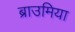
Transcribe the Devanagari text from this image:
ब्राउमिया